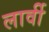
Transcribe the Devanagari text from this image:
लार्वी